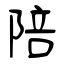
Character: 陪